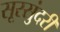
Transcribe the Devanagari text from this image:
सूरसुंदरी